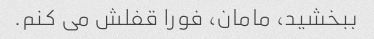
ببخشید، مامان، فورا قفلش می کنم.